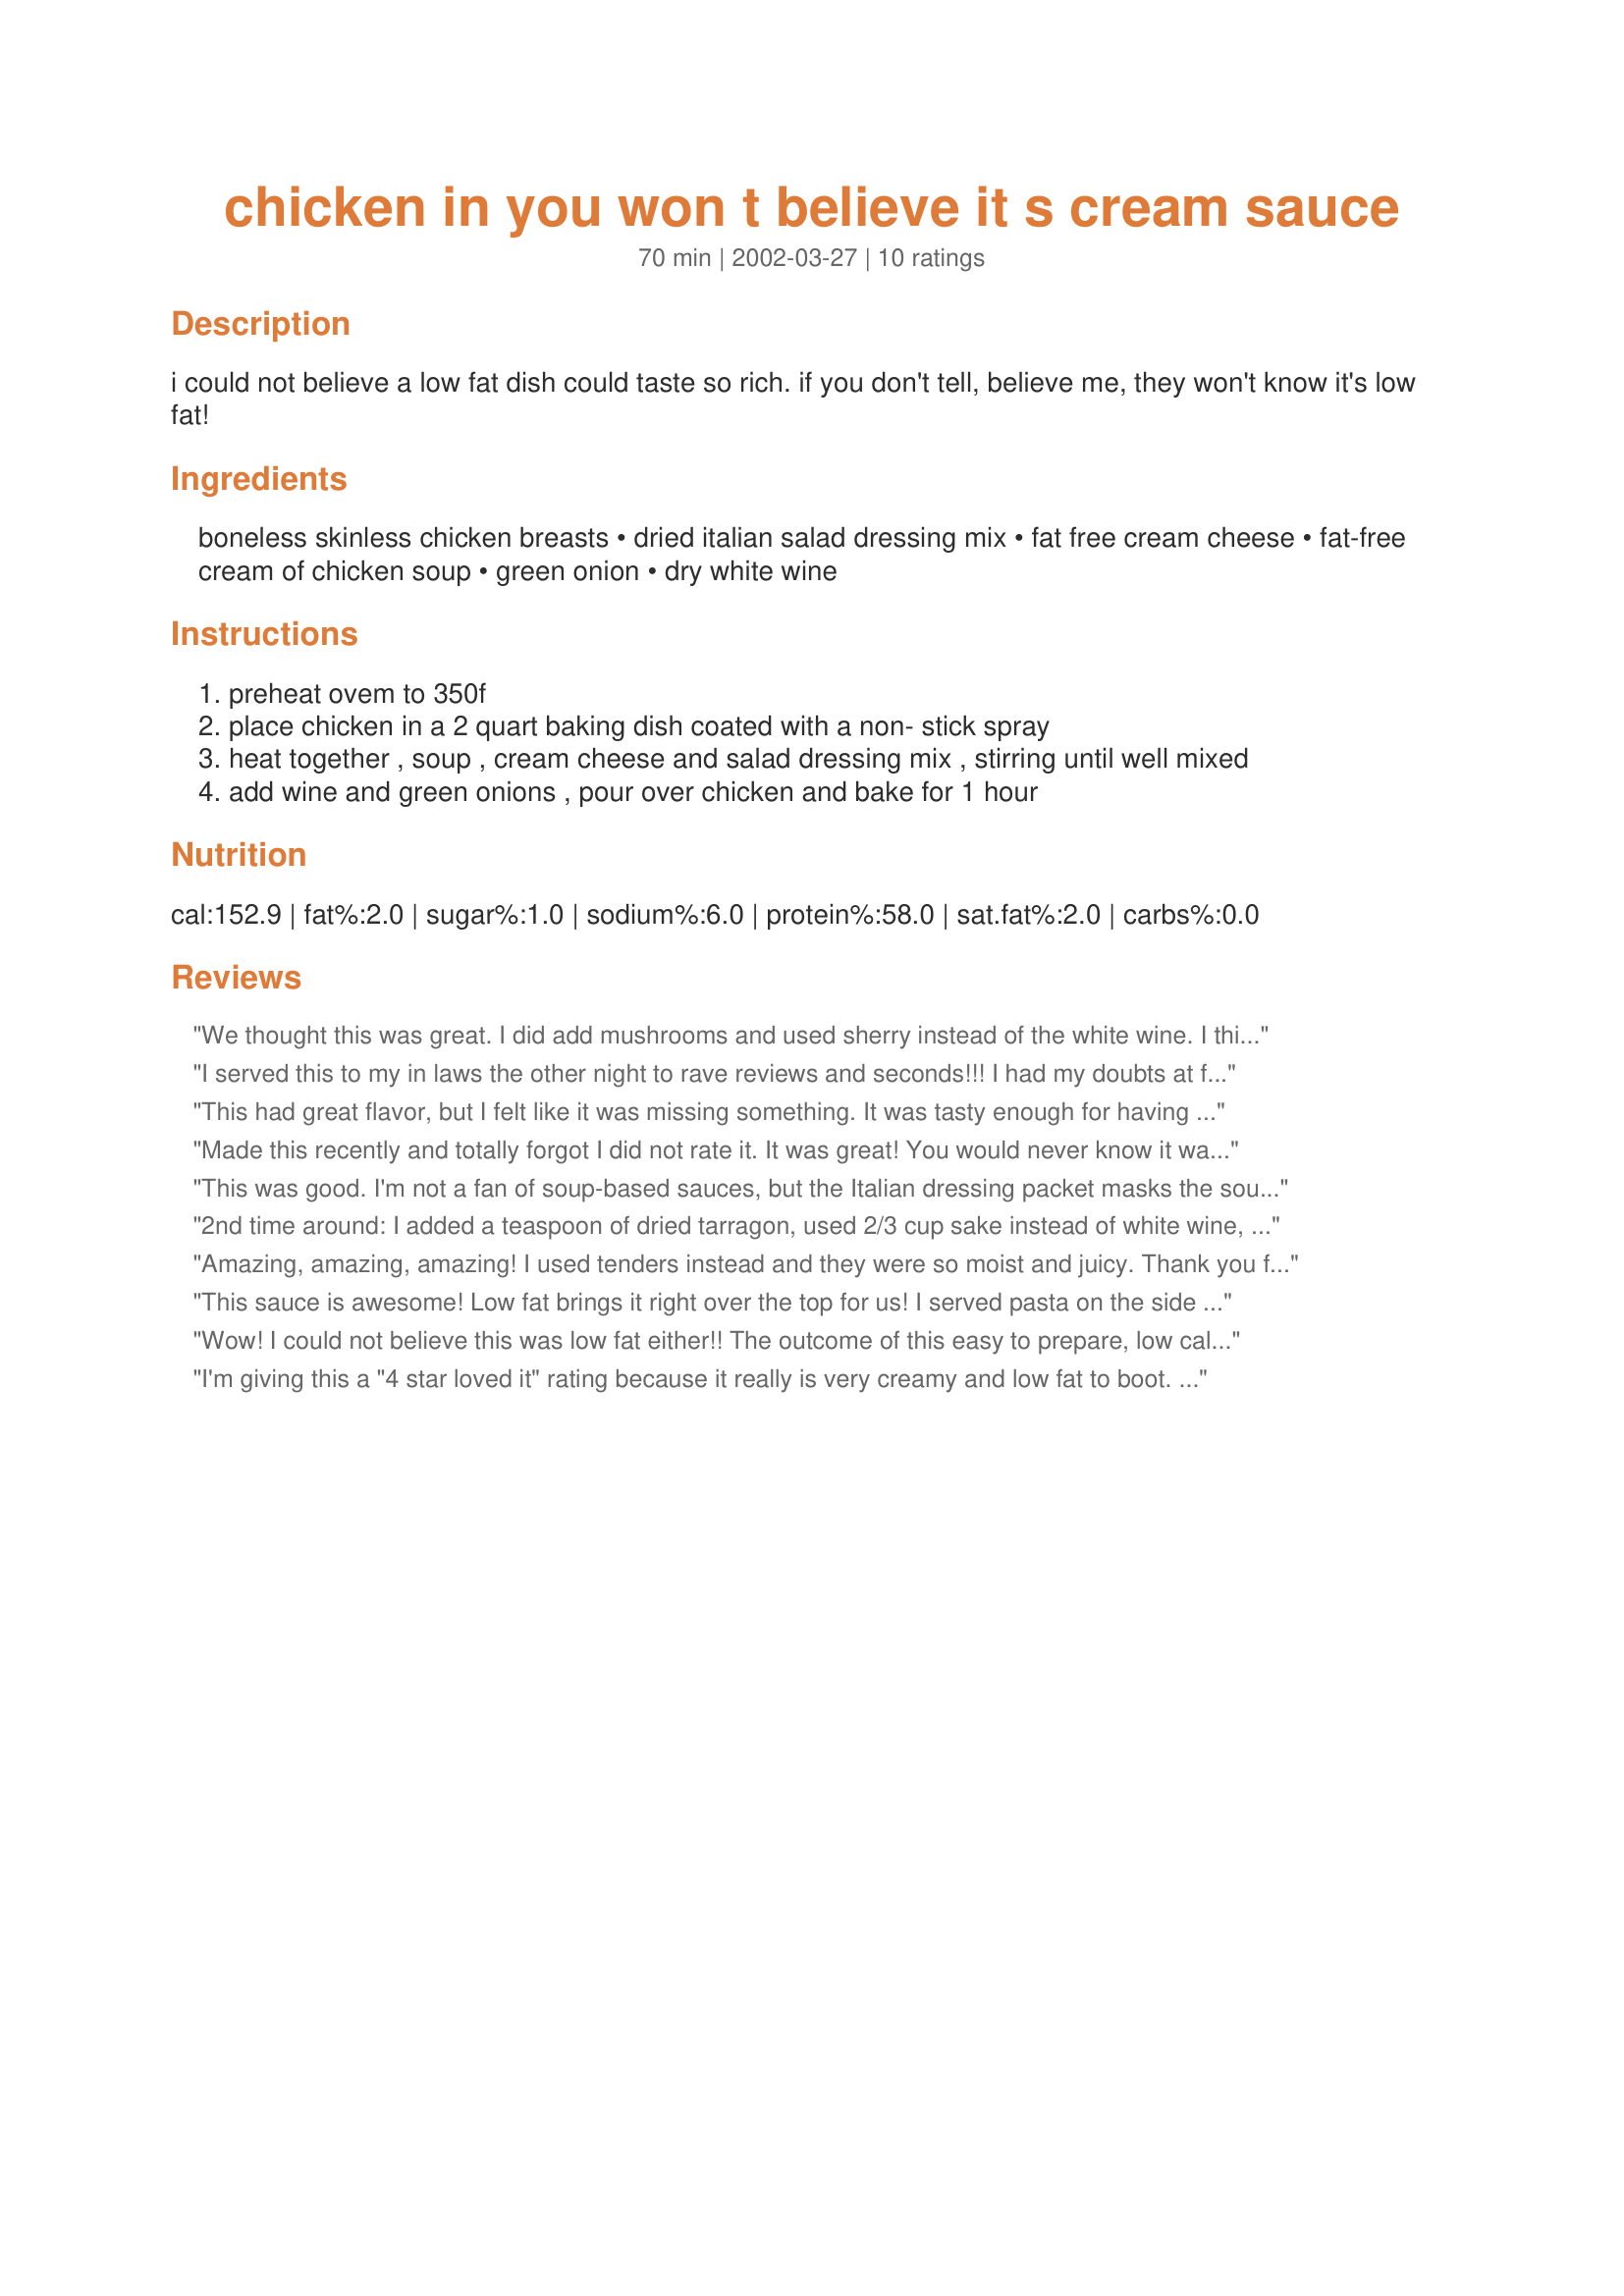
chicken in you won t believe it s cream sauce
Preparation time: 70 minutes

i could not believe a low fat dish could taste so rich. if you don't tell, believe me, they won't know it's low fat!

Ingredients:
boneless skinless chicken breasts, dried italian salad dressing mix, fat free cream cheese, fat-free cream of chicken soup, green onion, dry white wine

Steps:
preheat ovem to 350f
place chicken in a 2 quart baking dish coated with a non- stick spray
heat together , soup , cream cheese and salad dressing mix , stirring until well mixed
add wine and green onions , pour over chicken and bake for 1 hour

Reviews:
We thought this was great. I did add mushrooms and used sherry instead of the white wine. I think I will probably double the sauce ingredients next time only because we like a lot of sauce.
I served this to my in laws the other night to rave reviews and seconds!!! I had my doubts at first with fat free cream cheese and when I tasted the sauce before baking I didn't care for it but let me tell you the flavor completely changed and melded together after cooking in the oven. I added some chopped garlic and hot pepper flakes and served over noodles. A recipe I will definitely make again
This had great flavor, but I felt like it was missing something. It was tasty enough for having no fat! My dh liked it and said it would taste good over rice. I served mashed potatoes with it.
Made this recently and totally forgot I did not rate it. It was great! You would never know it was low fat, plus it's simple for a weeknight dinner. It was enjoyed by all. Thanks so much for posting.
This was good. I'm not a fan of soup-based sauces, but the Italian dressing packet masks the soupy taste. Thanks for the recipe!
2nd time around: I added a teaspoon of dried tarragon, used 2/3 cup sake instead of white wine, added a can of mushrooms with half of the liquid to thin out the sauce and one small sweet onion sauteed in butter plus freshly ground coarse black pepper. The family raved. I served with rice and had quite a bit of sauce for the rice.
Amazing, amazing, amazing! I used tenders instead and they were so moist and juicy. Thank you for posting this amazingly simple dish. Since most cream cheese comes in 8 ounces and you only use 4 in this recipe, I took the other 4 ounces and the other half of the dressing mix and froze another portion of this recipe. I think it will freeze well!
This sauce is awesome! Low fat brings it right over the top for us! I served pasta on the side and we poured the sauce over the pasta before serving.
Wow! I could not believe this was low fat either!! The outcome of this easy to prepare, low cal recipe is exceptionaly delicious. The Italian dressing mix and the green onions and wine give the creamy sauce a gourmet flavor. Another terrific recipe from one of the best chefs' on this site. Thanks for sharing!
I'm giving this a "4 star loved it" rating because it really is very creamy and low fat to boot. However, I found the seasonings a bit lacking. The soup flavor was pretty overwhelming, and next time I will probably use cream of mushroom soup (or one of the substitutes found here on Zaar). I will also add a lot more herbs and spices. Thank you though for a great jumping off point for a lovely creamy chicken dish.
